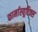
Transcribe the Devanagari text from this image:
फार्मास्यूटिक्स